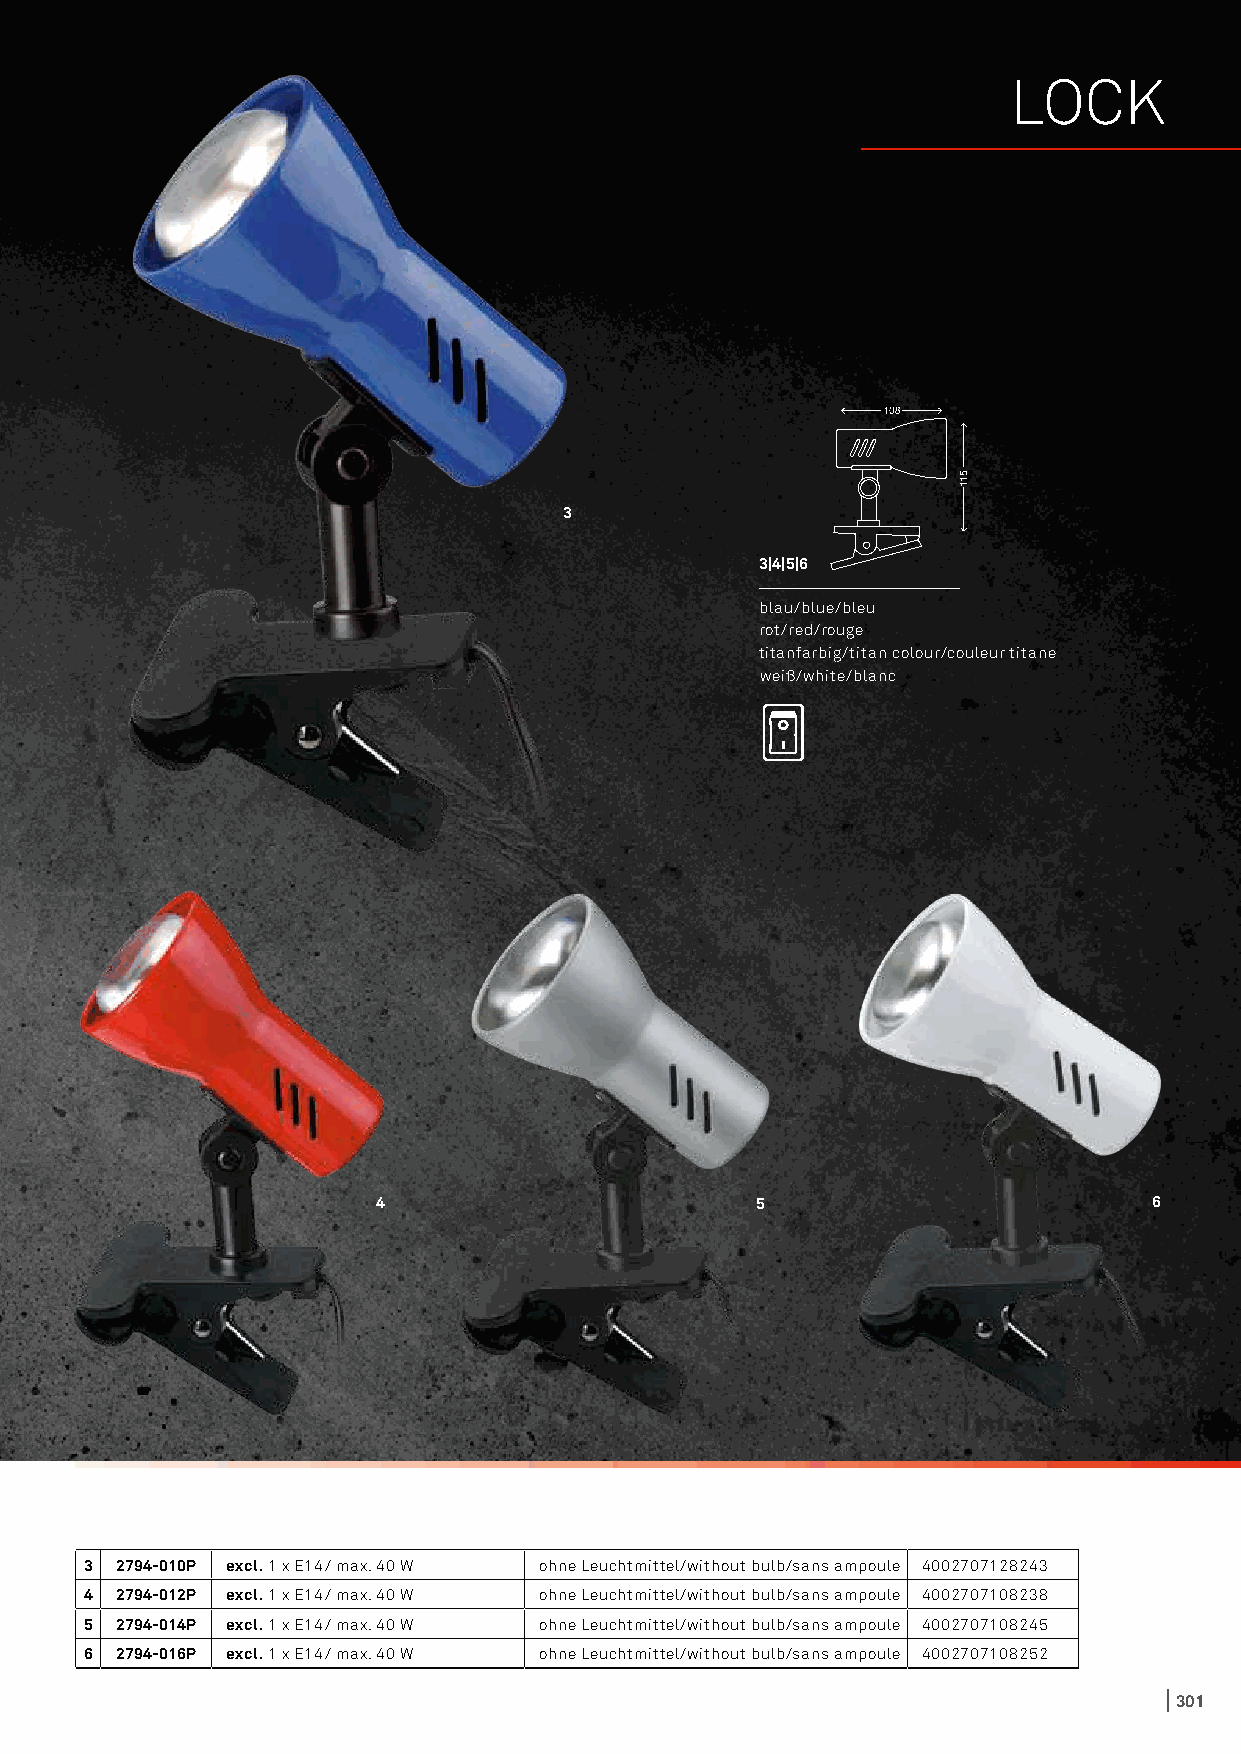
LOCK
 3
 3|4|5|6
 blau/blue/bleu
 rot/red/rouge
 titanfarbig/titan colour/couleur titane
 weiß/white/blanc
 4                        5                         6
 3 2794-010P excl. 1 x E14/ max. 40 W ohne Leuchtmittel/without bulb/sans ampoule 4002707128243
 4 2794-012P excl. 1 x E14/ max. 40 W ohne Leuchtmittel/without bulb/sans ampoule 4002707108238
 5 2794-014P excl. 1 x E14/ max. 40 W ohne Leuchtmittel/without bulb/sans ampoule 4002707108245
 6 2794-016P excl. 1 x E14/ max. 40 W ohne Leuchtmittel/without bulb/sans ampoule 4002707108252
 301